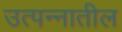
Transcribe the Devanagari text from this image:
उत्पन्‍नातील